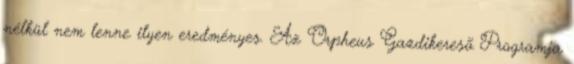
nélkül nem lenne ilyen eredményes. Az Orpheus Gazdikeresõ Programja